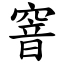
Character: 窨